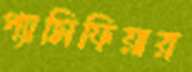
প্যাসিফিয়ার